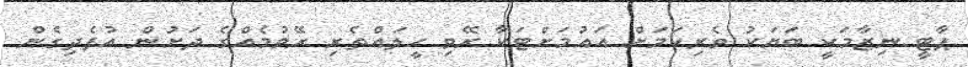
ޕާޓީ ނިޒާމަކީ ބަޔަކު ވެރިކަމަށް އައުމަށްޓަކާ ރޭވި ހީލައްތެރި ރޭވުމެއްގެ ދަށުން އުފެދިގެން